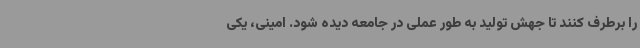
را برطرف کنند تا جهش تولید به طور عملی در جامعه دیده شود. امینی، یکی